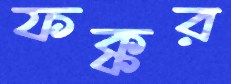
ফক্কর